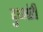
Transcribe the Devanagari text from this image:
दुध्मंडी